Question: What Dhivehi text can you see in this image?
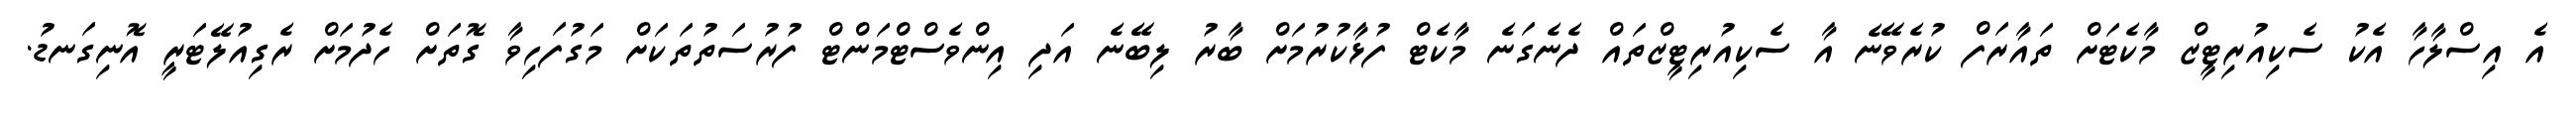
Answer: އެ އިސްލާހާ އެކު ސެކިއުރިޓީޒް މާކެޓަށް ތައާރަފް ކުރެވޭނެ އާ ސެކިއުރިޓީޒްތައް ދެނެގަނެ މާކެޓް ފުޅާކުރުމަށް ބާރު ލިބޭނެ އަދި އިންވެސްޓްމަންޓް ފުރުސަތުތަކަށް މަގުފަހިވާ ގޮތަށް ހެދުމަށް ރެގިއުލޭޓަރީ އޮނިގަނޑު.